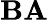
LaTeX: \mathbf{B}\mathbf{A}